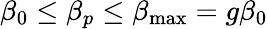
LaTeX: \beta_{0}\le\beta_{p}\le\beta_{\mathrm{max}}=g\beta_{0}